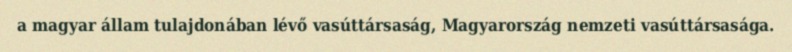
a magyar állam tulajdonában lévő vasúttársaság, Magyarország nemzeti vasúttársasága.